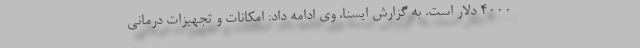
۴۰۰۰ دلار است. به گزارش ایسنا، وی ادامه داد: امکانات و تجهیزات درمانی